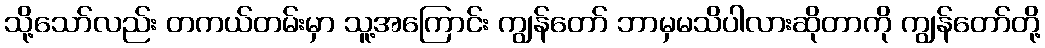
သို့သော်လည်း တကယ်တမ်းမှာ သူ့အကြောင်း ကျွန်တော် ဘာမှမသိပါလားဆိုတာကို ကျွန်တော်တို့